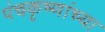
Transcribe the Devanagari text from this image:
पंचकृष्णांच्या